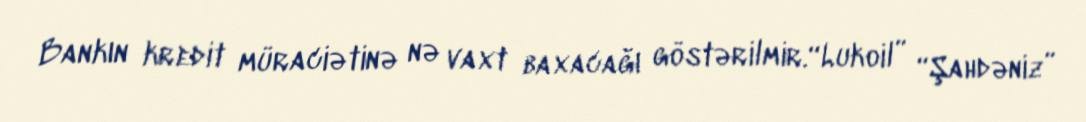
Bankın kredit müraciətinə nə vaxt baxacağı göstərilmir.“Lukoil” “Şahdəniz”